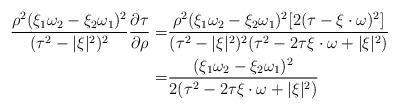
LaTeX: \begin{align*}\frac{\rho^2 (\xi_1 \omega_2 - \xi_2 \omega_1 )^2}{(\tau^2-|\xi|^2)^2} \frac{\partial \tau}{\partial \rho} =& \frac{\rho^2 (\xi_1 \omega_2 - \xi_2 \omega_1 )^2 [2 (\tau - \xi \cdot \omega)^2]}{(\tau^2-|\xi|^2)^2 (\tau^2 - 2 \tau \xi \cdot \omega + |\xi|^2)} \\=& \frac{(\xi_1 \omega_2 - \xi_2 \omega_1 )^2}{2(\tau^2 - 2 \tau \xi \cdot \omega + |\xi|^2)}\end{align*}